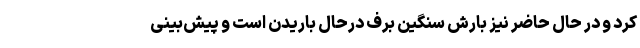
کرد و در حال حاضر نیز بارش سنگین برف درحال باریدن است و پیش‌بینی